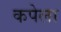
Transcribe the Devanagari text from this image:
कपेला